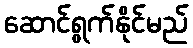
ဆောင်ရွက်နိုင်မည်